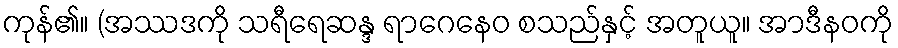
ကုန်၏။ (အဿဒကို သရီရေဆန္ဒ ရာဂေနေဝ စသည်နှင့် အတူယူ။ အာဒီနဝကို